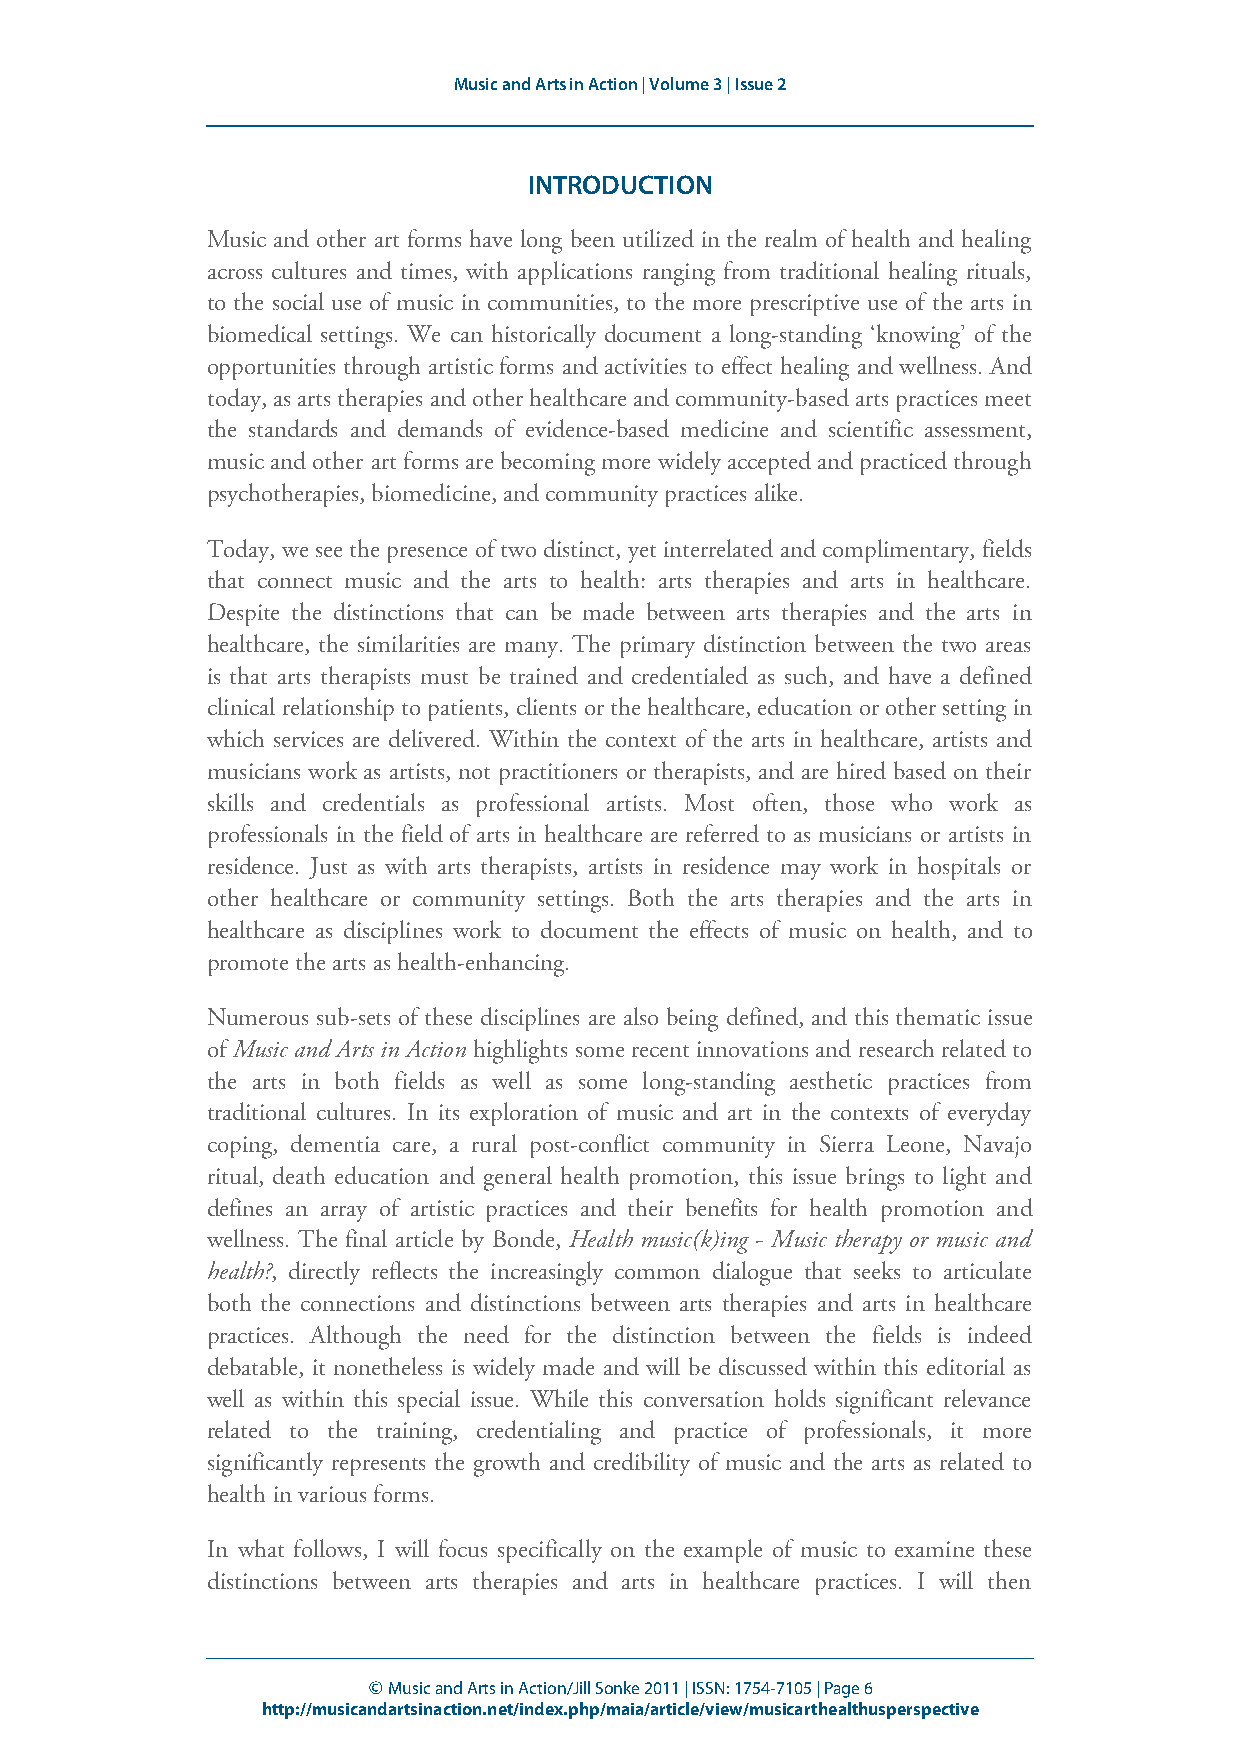
Music and Arts in Action | Volume 3 | Issue 2
 INTRODUCTION
 Music and other art forms have long been utilized in the realm of health and healing
 across cultures and times, with applications ranging from traditional healing rituals,
 to the social use of music in communities, to the more prescriptive use of the arts in
 biomedical settings. We can historically document a long-standing ‘knowing’ of the
 opportunities through artistic forms and activities to effect healing and wellness. And
 today, as arts therapies and other healthcare and community-based arts practices meet
 the standards and demands of evidence-based medicine and scientific assessment,
 music and other art forms are becoming more widely accepted and practiced through
 psychotherapies, biomedicine, and community practices alike.
 Today, we see the presence of two distinct, yet interrelated and complimentary, fields
 that connect music and the arts to health: arts therapies and arts in healthcare.
 Despite the distinctions that can be made between arts therapies and the arts in
 healthcare, the similarities are many. The primary distinction between the two areas
 is that arts therapists must be trained and credentialed as such, and have a defined
 clinical relationship to patients, clients or the healthcare, education or other setting in
 which services are delivered. Within the context of the arts in healthcare, artists and
 musicians work as artists, not practitioners or therapists, and are hired based on their
 skills and credentials as professional artists. Most often, those who work as
 professionals in the field of arts in healthcare are referred to as musicians or artists in
 residence. Just as with arts therapists, artists in residence may work in hospitals or
 other healthcare or community settings. Both the arts therapies and the arts in
 healthcare as disciplines work to document the effects of music on health, and to
 promote the arts as health-enhancing.
 Numerous sub-sets of these disciplines are also being defined, and this thematic issue
 of Music and Arts in Action highlights some recent innovations and research related to
 the arts in both fields as well as some long-standing aesthetic practices from
 traditional cultures. In its exploration of music and art in the contexts of everyday
 coping, dementia care, a rural post-conflict community in Sierra Leone, Navajo
 ritual, death education and general health promotion, this issue brings to light and
 defines an array of artistic practices and their benefits for health promotion and
 wellness. The final article by Bonde, Health music(k)ing - Music therapy or music and
 health?, directly reflects the increasingly common dialogue that seeks to articulate
 both the connections and distinctions between arts therapies and arts in healthcare
 practices. Although the need for the distinction between the fields is indeed
 debatable, it nonetheless is widely made and will be discussed within this editorial as
 well as within this special issue. While this conversation holds significant relevance
 related to the training, credentialing and practice of professionals, it more
 significantly represents the growth and credibility of music and the arts as related to
 health in various forms.
 In what follows, I will focus specifically on the example of music to examine these
 distinctions between arts therapies and arts in healthcare practices. I will then
 © Music and Arts in Action/Jill Sonke 2011 | ISSN: 1754-7105 | Page 6
 http://musicandartsinaction.net/index.php/maia/article/view/musicarthealthusperspective